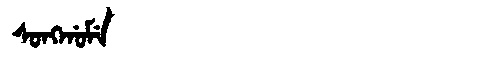
Manchu: ᠰᠣᠩᡤᠣᠮᡝ
Romanization: SONGGOME